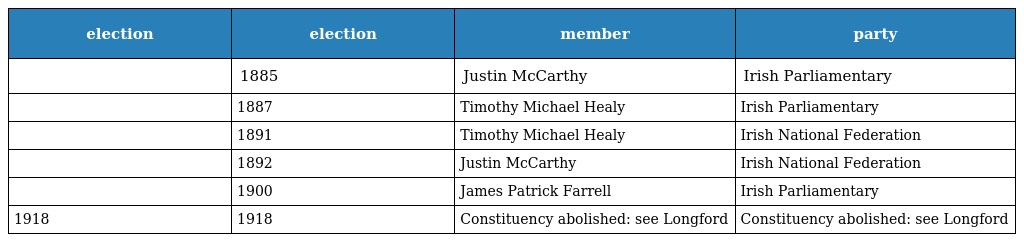
| election | election | member | party |
 | --- | --- | --- | --- |
 |  | 1885 | Justin McCarthy | Irish Parliamentary |
 |  | 1887 | Timothy Michael Healy | Irish Parliamentary |
 |  | 1891 | Timothy Michael Healy | Irish National Federation |
 |  | 1892 | Justin McCarthy | Irish National Federation |
 |  | 1900 | James Patrick Farrell | Irish Parliamentary |
 | 1918 | 1918 | Constituency abolished: see Longford | Constituency abolished: see Longford |